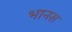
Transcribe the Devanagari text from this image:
भानस